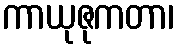
ကာယုဇုကတာ၊